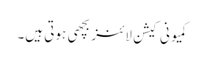
کمیونی کیشن لائنز بچھی ہوتی ہیں۔